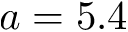
a = 5 . 4